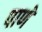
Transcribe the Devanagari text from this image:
पाणे